Annual report of the Imperial Bacteriological Laboratory, Muktesar
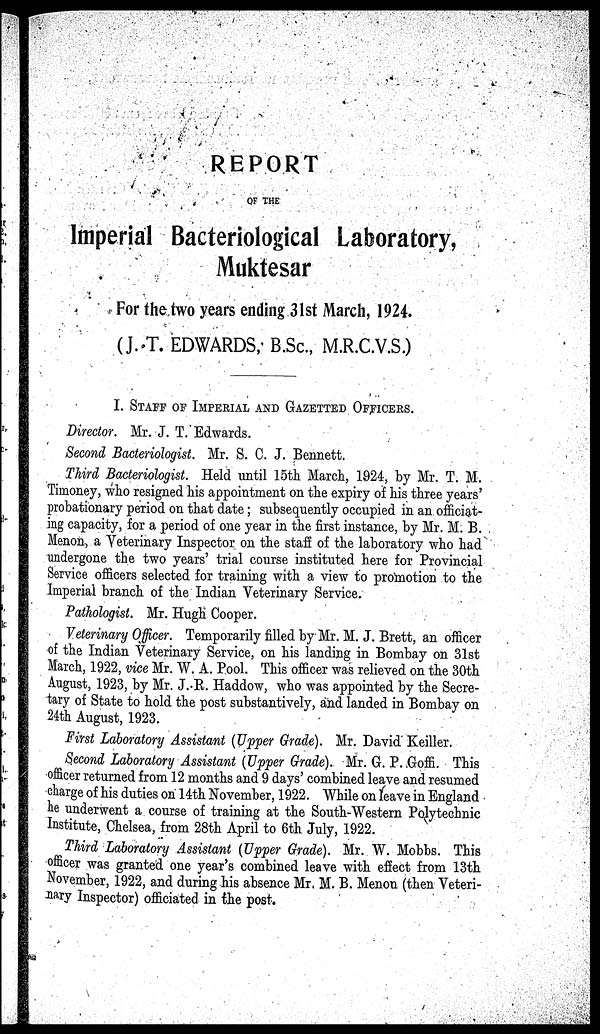
REPORT
OF THE
Imperial Bacteriological Laboratory,
Muktesar
For the two years ending 31st March, 1924.
(J. T. EDWARDS, B.Sc., M.R.C.V.S.)
I. STAFF OF IMPERIAL AND GAZETTED OFFICERS.
Director. Mr. J. T. Edwards.
Second Bacteriologist. Mr. S. C. J. Bennett.
Third Bacteriologist. Held until 15th March, 1924, by Mr. T. M.
Timoney, who resigned his appointment on the expiry of his three years'
probationary period on that date ; subsequently occupied in an officiat-
ing capacity, for a period of one year in the first instance, by Mr. M. B.
Menon, a Veterinary Inspector on the staff of the laboratory who had
undergone the two years' trial course instituted here for Provincial
Service officers selected for training with a view to promotion to the
Imperial branch of the Indian Veterinary Service.
Pathologist. Mr. Hugh Cooper.
Veterinary Officer. Temporarily filled by Mr. M. J. Brett, an officer
of the Indian Veterinary Service, on his landing in Bombay on 31st
March, 1922, vice Mr. W. A. Pool. This officer was relieved on the 30th
August, 1923, by Mr. J. R. Haddow, who was appointed by the Secre-
tary of State to hold the post substantively, and landed in Bombay on
24th August, 1923.
First Laboratory Assistant (Upper Grade). Mr. David' Keiller.
Second Laboratory Assistant (Upper Grade). Mr. G. P. Goffi. This
officer returned from 12 months and 9 days' combined leave and resumed
charge of his duties on 14th November, 1922. While on leave in England
he underwent a course of training at the South-Western Polytechnic
Institute, Chelsea, from 28th April to 6th July, 1922.
Third Laboratory Assistant (Upper Grade). Mr. W. Mobbs. This
officer was granted one year's combined leave with effect from 13th
November, 1922, and during his absence Mr. M. B. Menon (then Veteri-
nary Inspector) officiated in the post.